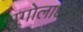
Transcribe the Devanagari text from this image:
भूगोलाध्याय